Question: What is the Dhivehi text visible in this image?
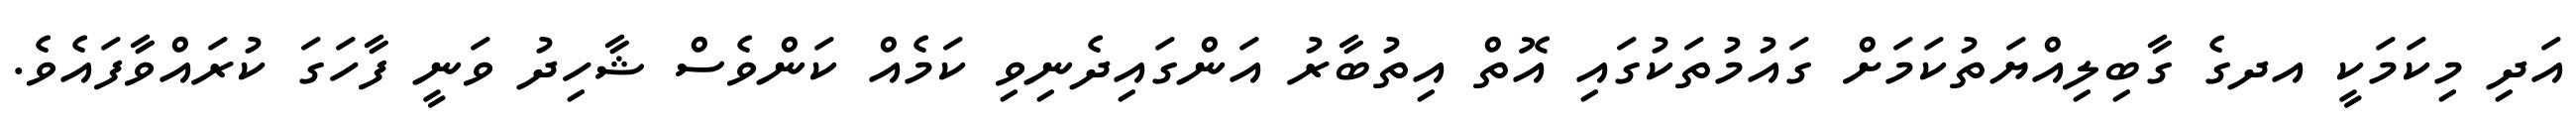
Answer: އަދި މިކަމަކީ އދގެ ގާބިލިއްޔަތުކަމަށް ގައުމުތަކުގައި އޮތް އިތުބާރު އަންގައިދެނިވި ކަމެއް ކަންވެސް ޝާހިދު ވަނީ ފާހަގަ ކުރައްވާފައެވެ.